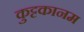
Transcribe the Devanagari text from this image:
कुट्टकानम